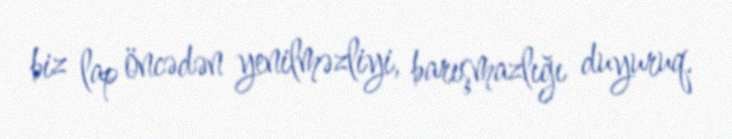
biz lap öncədən yenilməzliyi, barışmazlığı duyuruq.